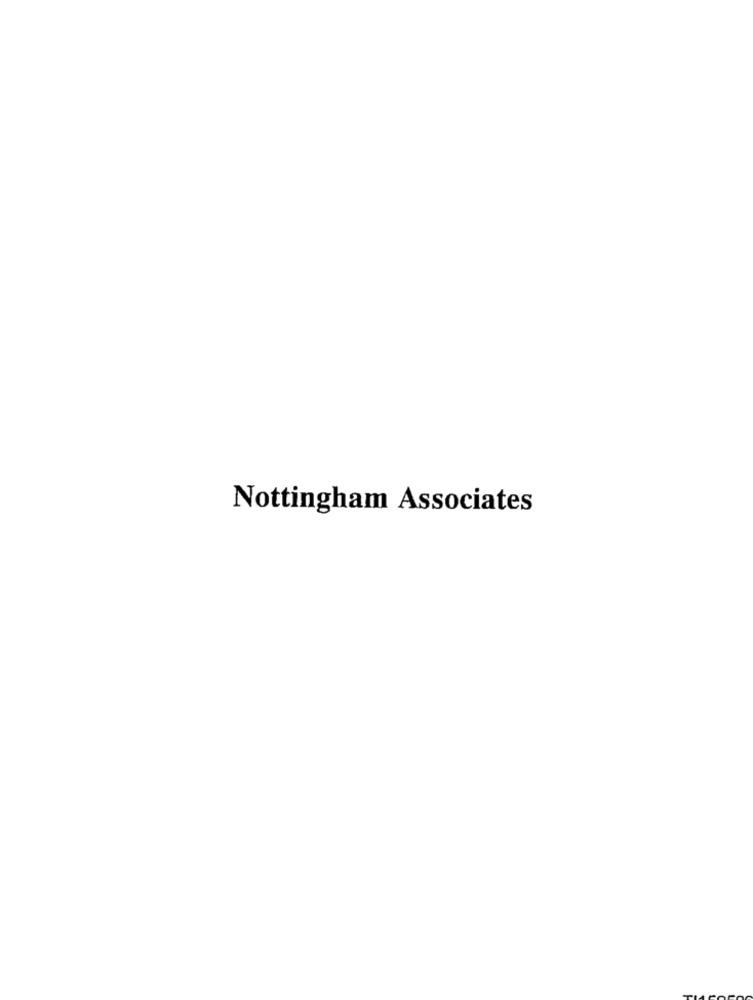
Nottingham Associates